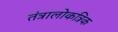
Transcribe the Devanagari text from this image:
तंत्रालोकत्रिक